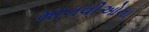
માનવીઓના